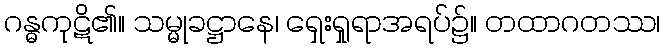
ဂန္ဓကုဋိ၏။ သမ္မုခဋ္ဌာနေ၊ ရှေးရှုရာအရပ်၌။ တထာဂတဿ၊